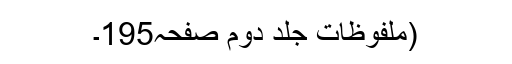
(ملفوظات جلد دوم صفحہ195۔